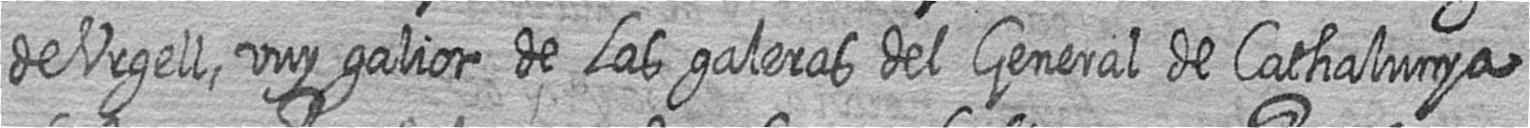
de Urgell vuy galiot de Las galeras del General de Cathalunya